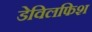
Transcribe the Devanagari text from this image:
डेविलफिश